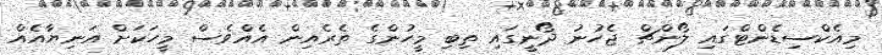
މިއެކްސިޑެންޓްގައި ލޯންޗް ޖެހުނު ދޯނީގައި ތިބި މީހުންގެ ތެރެއިން އެއްވެސް މީހަކަށް އަނިޔާއެއް